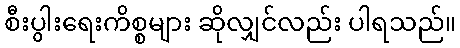
စီးပွါးရေးကိစ္စများ ဆိုလျှင်လည်း ပါရသည်။